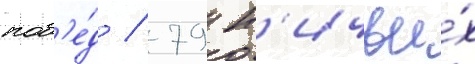
поб'е́д / 79 н'ичьи́х